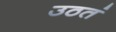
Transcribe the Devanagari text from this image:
उठतं